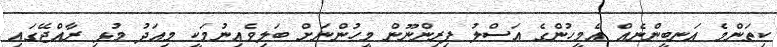
ކިތަންމެ އަނބީންނެއް އެމީހުންގެ އަސްލު ފިރިންނޫން މީހުންނަށް ބަލިވެއިނުމަކީ މިއަދު މުޅި ރާއްޖޭގައި